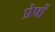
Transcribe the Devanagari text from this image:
प्रेषों